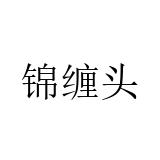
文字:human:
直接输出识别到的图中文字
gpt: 锦缠头